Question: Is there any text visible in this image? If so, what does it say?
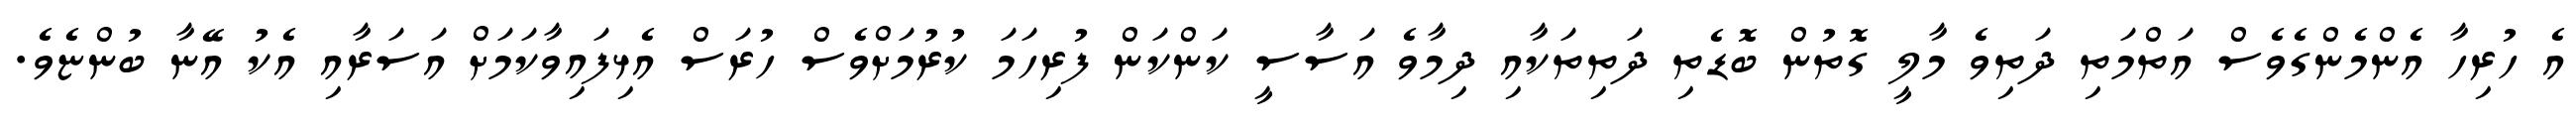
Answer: އެ ހުރިހާ އެންމެންގެވެސް އަތްމަތި ދަތިވެ މާލީ ގޮތުން ބޮޑެތި ދަތިތަކާއި ދިމާވެ އަސާސީ ކަންކަން ފުރިހަމަ ކުރުމަށްވެސް ހުރަސް އެޅިފައިވާކަމަށް އަސަރާއި އެކު އޭނާ ބުންޏެވެ.